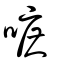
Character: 嗻